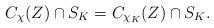
LaTeX: \begin{align*}C_\chi (Z) \cap S_{K} = C_{\chi_K} (Z) \cap S_{K}.\end{align*}